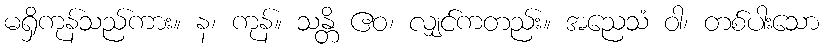
မရှိကုန်သည်ကား။ န၊ ကုန်။ သန္တိ ဧဝ၊ လျှင်ကတည်း။ အညေသံ ဝါ၊ တစ်ပါးသော